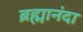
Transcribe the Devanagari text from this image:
ब्रह्मानंदा